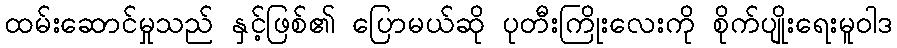
ထမ်းဆောင်မှုသည် နှင့်ဖြစ်၏ ပြောမယ်ဆို ပုတီးကြိုးလေးကို စိုက်ပျိုးရေးမူဝါဒ